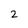
Character: 2